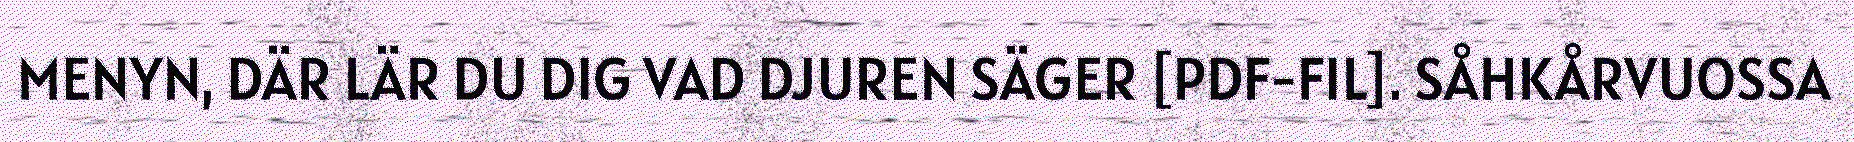
MENYN, DÄR LÄR DU DIG VAD DJUREN SÄGER [PDF-FIL]. SÅHKÅRVUOSSA